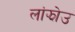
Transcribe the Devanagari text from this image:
लांझोउ